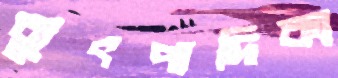
ব্যুৎপাদিকা